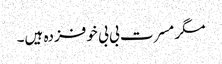
مگر مسرت بی بی خوفزدہ ہیں۔